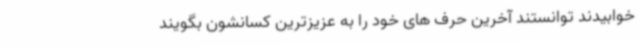
خوابیدند توانستند آخرین حرف های خود را به عزیزترین کسانشون بگویند